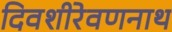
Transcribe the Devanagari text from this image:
दिवशीरेवणनाथ